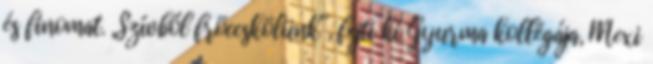
és finomat. „Szívből fröccskölünk”, fejti ki Gyurma kollégája, Mexi